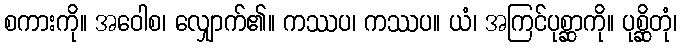
စကားကို။ အဝေါစ၊ လျှောက်၏။ ကဿပ၊ ကဿပ။ ယံ၊ အကြင်ပုစ္ဆာကို။ ပုစ္ဆိတုံ၊